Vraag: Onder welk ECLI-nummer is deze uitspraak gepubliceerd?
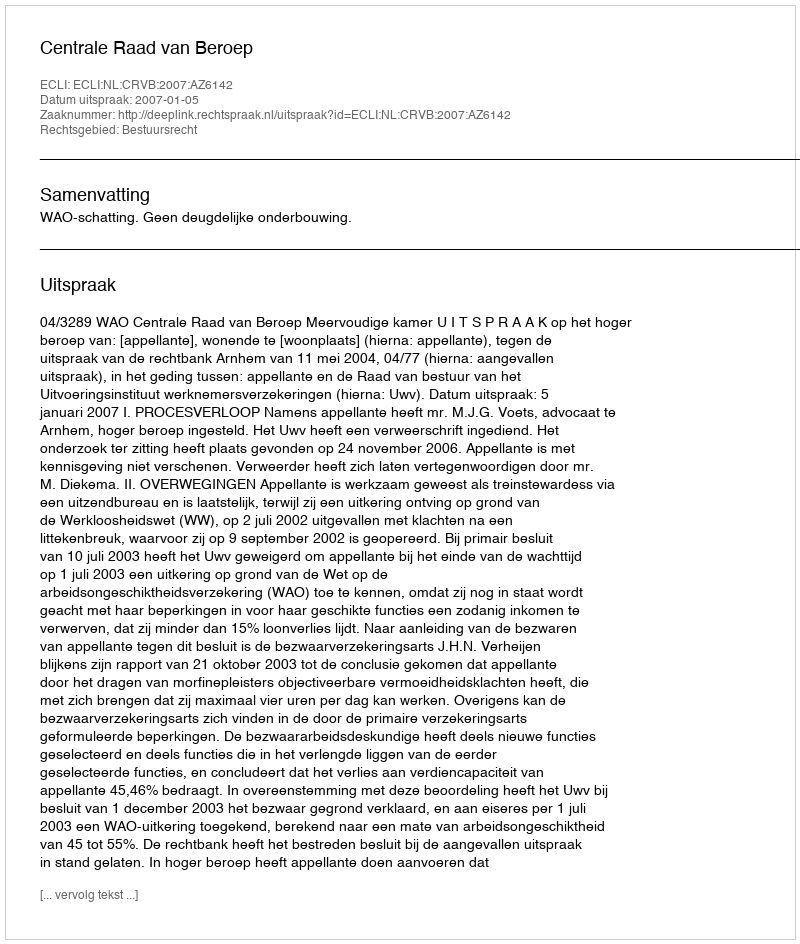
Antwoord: ECLI:NL:CRVB:2007:AZ6142